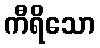
ကီရိသော